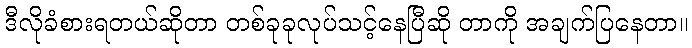
ဒီလိုခံစားရတယ်ဆိုတာ တစ်ခုခုလုပ်သင့်နေပြီဆို တာကို အချက်ပြနေတာ။